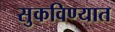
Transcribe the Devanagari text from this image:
सुकविण्यात